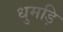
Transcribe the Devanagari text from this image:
धुमड़ि